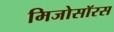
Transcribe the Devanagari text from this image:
मिजोसॉरस